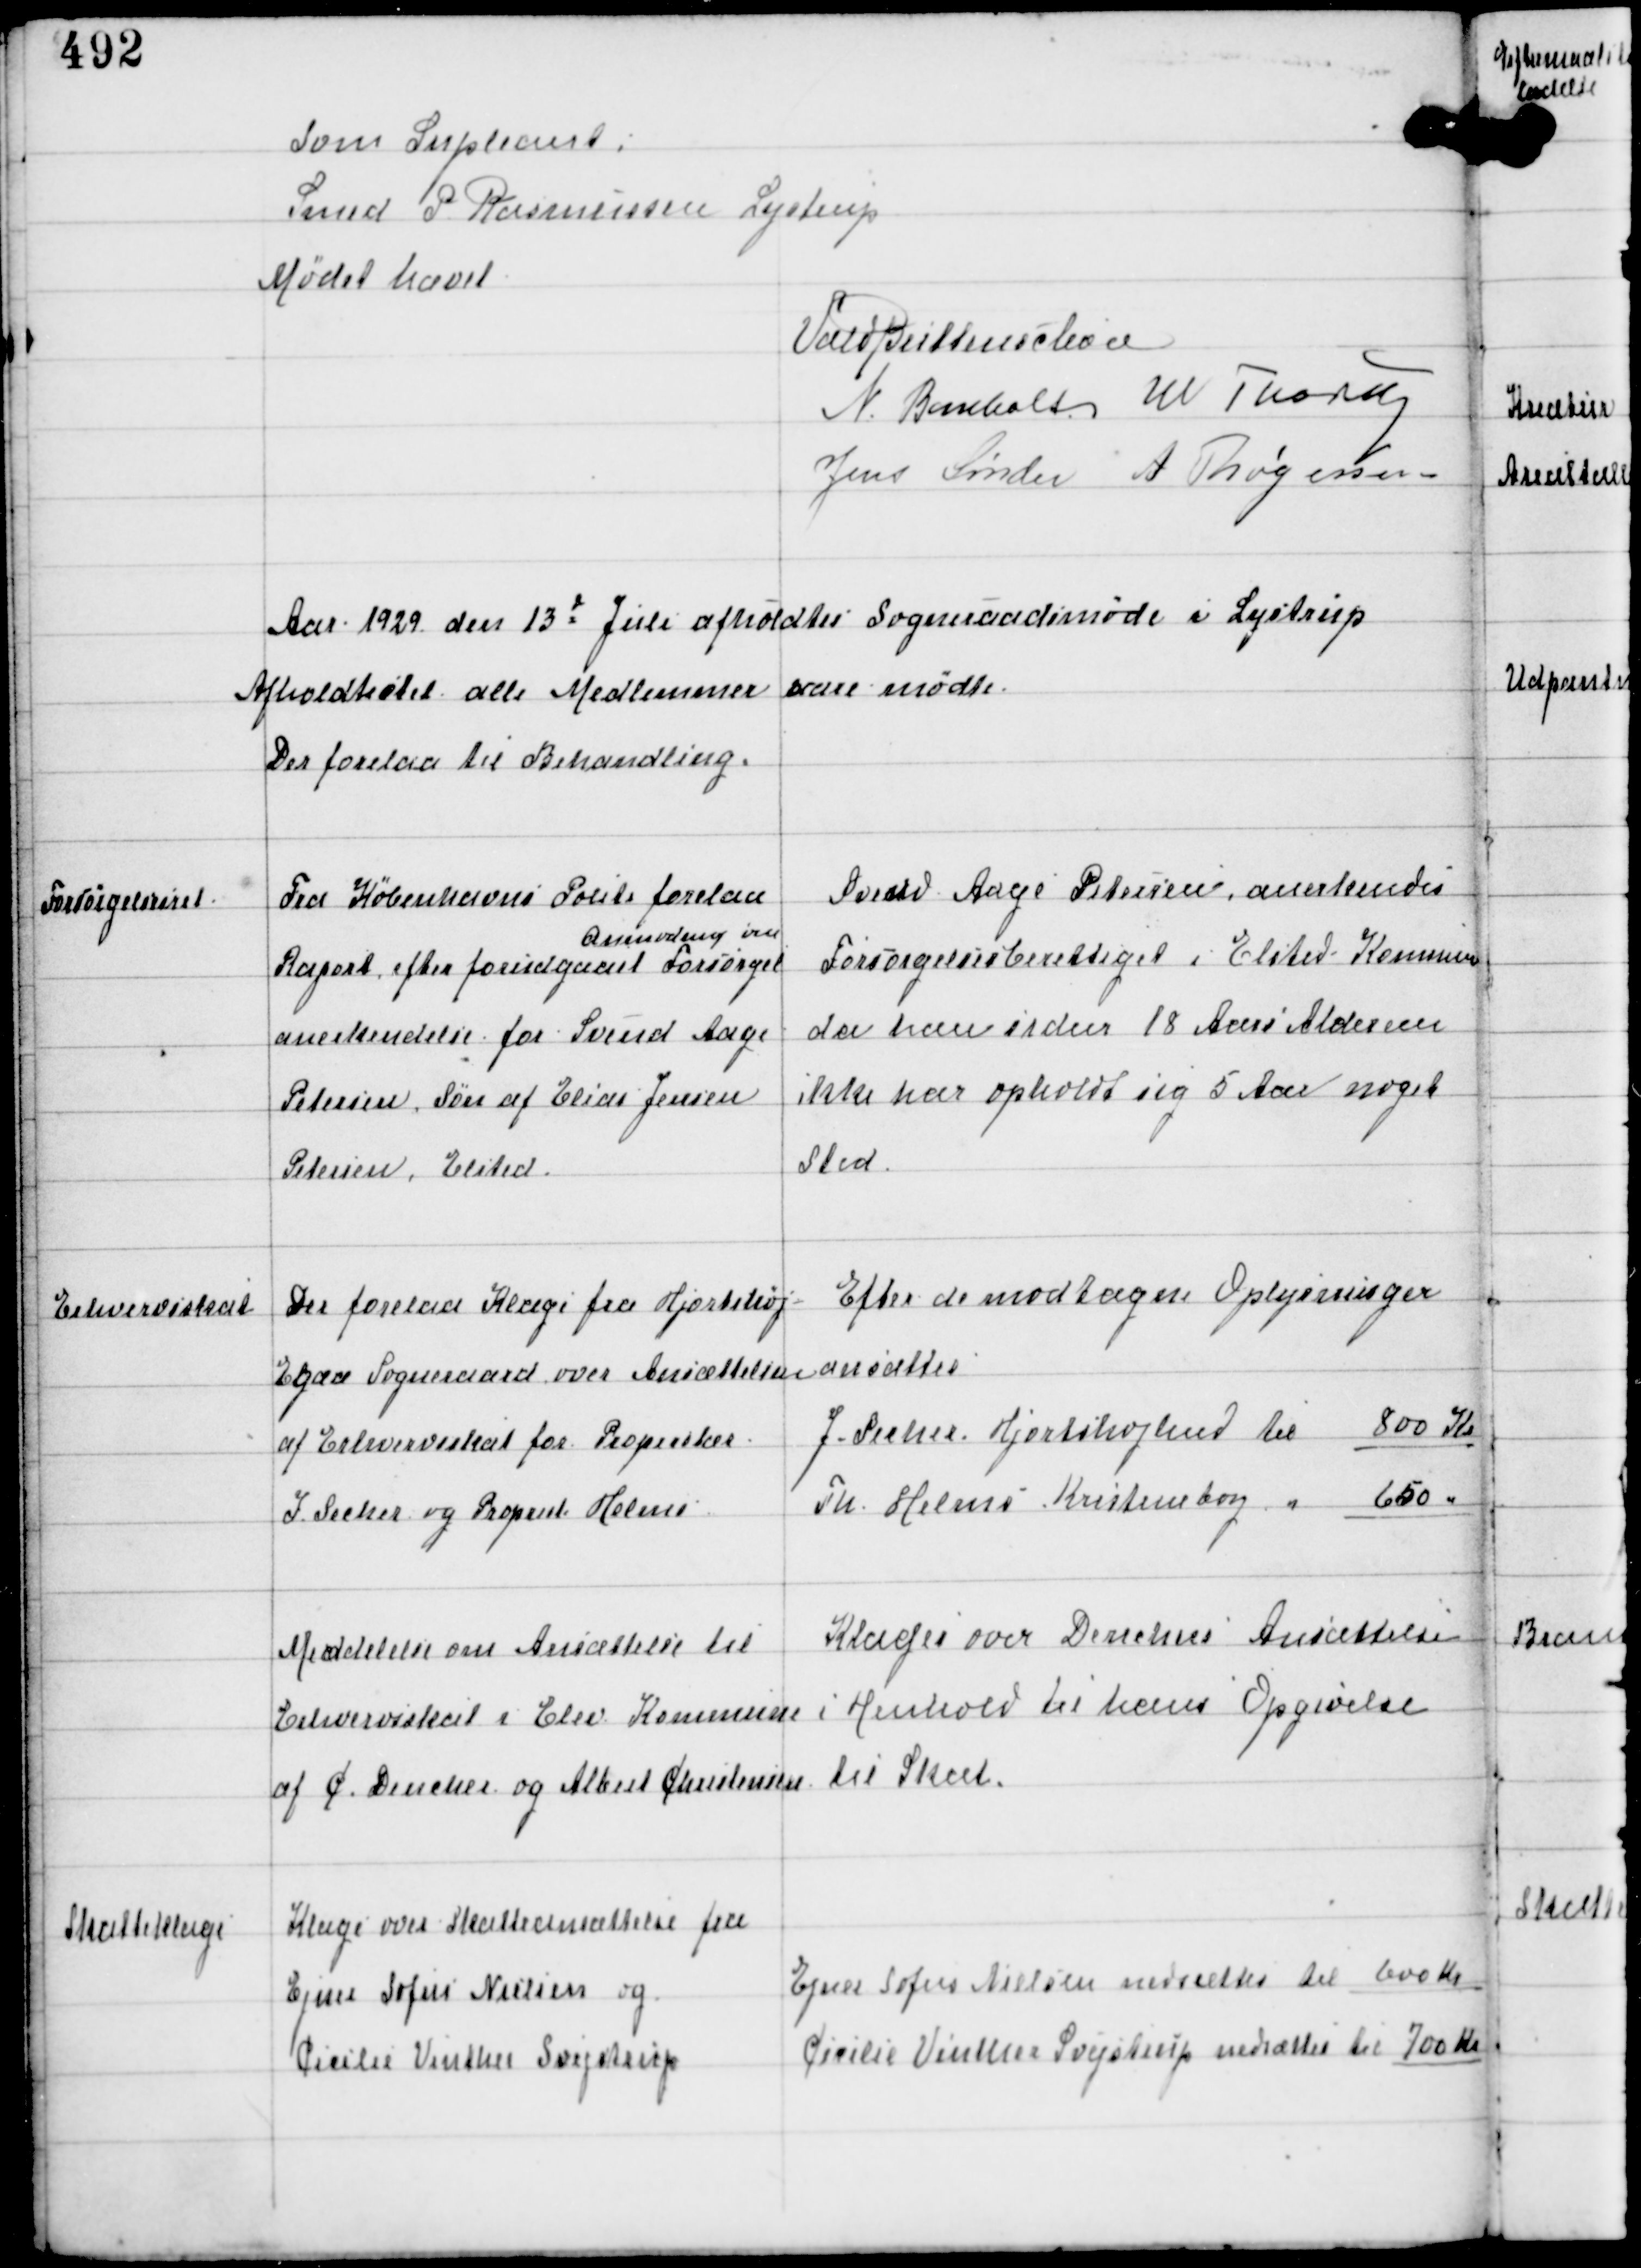
Transskription:
Som Supleant
Smed P Rasmussen Lystrup

Mødet hævet

Vald Buttenschøn
N Bomholt W Thorup
Jens Sønder A Thøgersen

Aar 1929 den 13d Juli afholdtes Sogneraadsmøde i Lystrup
Afholdshotel alle Medlemmer vare mødte.
Der forelaa til Behandling.

Forsørgelsesret

Fra Københavns Politi forelaa
Anmodning om
Raport efter forudgaaet Forsørgel
anerkendelse for Svend Aage
Petersen, Søn af Elias Jensen
Petersen, Elsted

Svend Aage Petersen anerkendes
Forsørgelsesberettiget i Elsted Kommune
da han siden 18 Aars Alderen
ikke har opholdt sig 5 Aar noget
Sted.

Erhvervsskat

Der forelaa Klage fra Hjortshøj -
Egaa Sogneraad over Ansættelsen
af Erhvervsskat for Propreitær
J Secher og Propriet. Helms

Efter de modtagne Oplysninger
ansættes
J Secher Hjortshøjlund til 800 Kr
Th. Helms Kristineborg " 650 "

Meddelelse om Ansættelse til
Erhvervsskat i Elev Kommune
af C Dencker og Albert Christensen

Klager over Denckers Ansættelse
i Henhold til hans Opgivelse
til Skat

Skatteklage

Klage over Skatteansættelse fra
Ejner Sofus Nielsen og
Cecilie Vinther Svejstrup

Ejner Sofus Nielsen nedsættes til 600 Kr
Cecilie Vinther Svejstrup nedsættes til 700 Kr